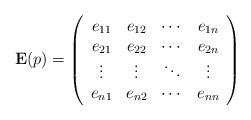
LaTeX: \begin{align*}\mathbf{E}(p) =\left( \begin{array}{cccc} e_{11} & e_{12} & \cdots & e_{1n} \\ e_{21} & e_{22} & \cdots & e_{2n} \\ \vdots & \vdots & \ddots & \vdots \\ e_{n1} & e_{n2} & \cdots & e_{nn} \\ \end{array}\right)\end{align*}